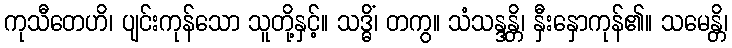
ကုသီတေဟိ၊ ပျင်းကုန်သော သူတို့နှင့်။ သဒ္ဓိံ၊ တကွ။ သံသန္ဒန္တိ၊ နှီးနှောကုန်၏။ သမေန္တိ၊